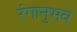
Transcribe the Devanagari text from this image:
रंगानुभव